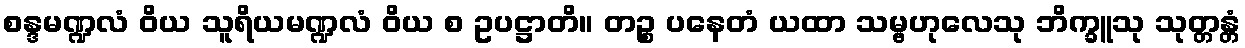
စန္ဒမဏ္ဍလံ ဝိယ သူရိယမဏ္ဍလံ ဝိယ စ ဥပဋ္ဌာတိ။ တဉ္စ ပနေတံ ယထာ သမ္ဗဟုလေသု ဘိက္ခူသု သုတ္တန္တံ